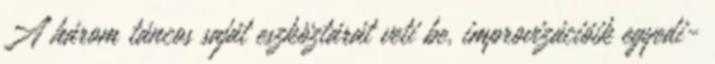
A három táncos saját eszköztárát veti be, improvizációik egyedi-